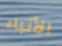
الأنباء